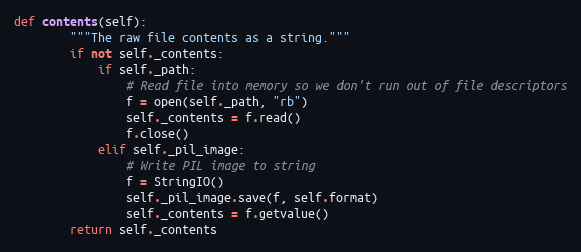
Language: Python
def contents(self):
        """The raw file contents as a string."""
        if not self._contents:
            if self._path:
                # Read file into memory so we don't run out of file descriptors
                f = open(self._path, "rb")
                self._contents = f.read()
                f.close()
            elif self._pil_image:
                # Write PIL image to string
                f = StringIO()
                self._pil_image.save(f, self.format)
                self._contents = f.getvalue()
        return self._contents